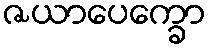
ဇယာပေက္ခော